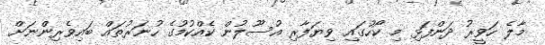
މާލެ ހަވީރު ދަންފަޅި މި ކޯހުގައި ވިޔަފާރި އުސޫލުން ކެއްކުމުގެ ހުނަރުތައް ބައިވެރިންނަށް